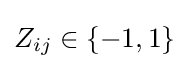
Z_{ij}\in \{-1,1\}